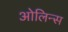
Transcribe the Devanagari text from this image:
ओलिन्स